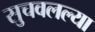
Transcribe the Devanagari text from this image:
सुचवलल्या